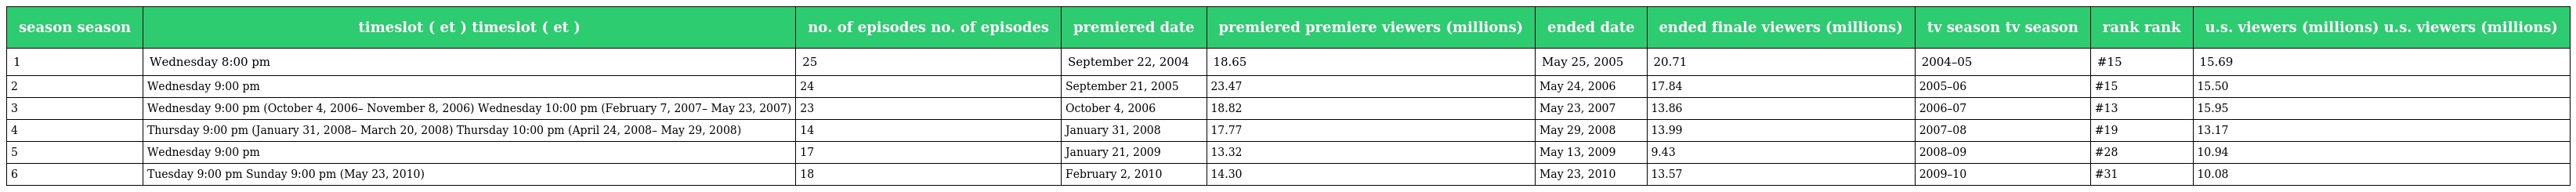
| season season | timeslot ( et ) timeslot ( et ) | no. of episodes no. of episodes | premiered date | premiered premiere viewers (millions) | ended date | ended finale viewers (millions) | tv season tv season | rank rank | u.s. viewers (millions) u.s. viewers (millions) |
 | --- | --- | --- | --- | --- | --- | --- | --- | --- | --- |
 | 1 | Wednesday 8:00 pm | 25 | September 22, 2004 | 18.65 | May 25, 2005 | 20.71 | 2004–05 | #15 | 15.69 |
 | 2 | Wednesday 9:00 pm | 24 | September 21, 2005 | 23.47 | May 24, 2006 | 17.84 | 2005–06 | #15 | 15.50 |
 | 3 | Wednesday 9:00 pm (October 4, 2006– November 8, 2006) Wednesday 10:00 pm (February 7, 2007– May 23, 2007) | 23 | October 4, 2006 | 18.82 | May 23, 2007 | 13.86 | 2006–07 | #13 | 15.95 |
 | 4 | Thursday 9:00 pm (January 31, 2008– March 20, 2008) Thursday 10:00 pm (April 24, 2008– May 29, 2008) | 14 | January 31, 2008 | 17.77 | May 29, 2008 | 13.99 | 2007–08 | #19 | 13.17 |
 | 5 | Wednesday 9:00 pm | 17 | January 21, 2009 | 13.32 | May 13, 2009 | 9.43 | 2008–09 | #28 | 10.94 |
 | 6 | Tuesday 9:00 pm Sunday 9:00 pm (May 23, 2010) | 18 | February 2, 2010 | 14.30 | May 23, 2010 | 13.57 | 2009–10 | #31 | 10.08 |